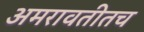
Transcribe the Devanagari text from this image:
अमरावतीतच